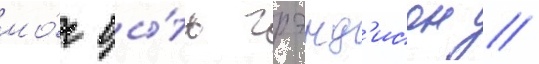
мо́г бы́ть грэнд'исон /